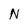
Character: N